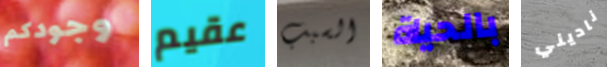
وجودكم عقيم السبب بالحياة ناديني